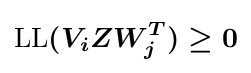
{\boldsymbol {{\text{LL}}(V_{i}ZW_{j}^{T})\geq 0}}